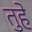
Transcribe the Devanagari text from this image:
तुहे